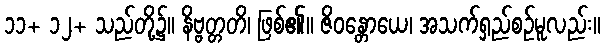
၁၁+ ၁၂+ သည်တို့၌။ နိဗ္ဗတ္တတိ၊ ဖြစ်၏။ ဇိဝန္တောယေ၊ အသက်ရှည်စဉ်မူလည်း။